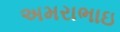
અમરાભાઇ